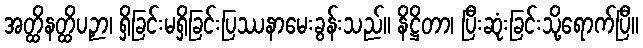
အတ္ထိနတ္ထိပဉှာ၊ ရှိခြင်းမရှိခြင်းပြဿနာမေးခွန်းသည်။ နိဋ္ဌိတာ၊ ပြီးဆုံးခြင်းသို့ရောက်ပြီ။